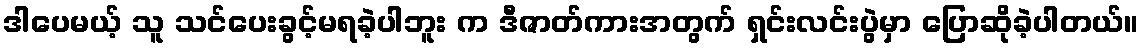
ဒါပေမယ့် သူ သင်ပေးခွင့်မရခဲ့ပါဘူး က ဒီဇာတ်ကားအတွက် ရှင်းလင်းပွဲမှာ ပြောဆိုခဲ့ပါတယ်။